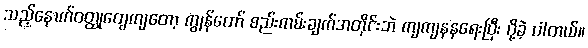
သည့်နောက်ဝတ္ထုတွေကျတော့ ကျွန်တော် စည်းကမ်းချက်အတိုင်းဘဲ ကျကျနနရေးပြီး ပို့ခဲ့ ပါတယ်။